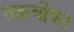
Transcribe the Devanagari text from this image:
तक़वीयत